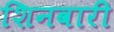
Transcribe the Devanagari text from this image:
शिनवारी